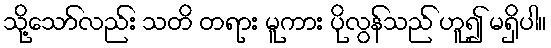
သို့သော်လည်း သတိ တရား မူကား ပိုလွန်သည် ဟူ၍ မရှိပါ။